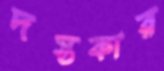
দস্তকার